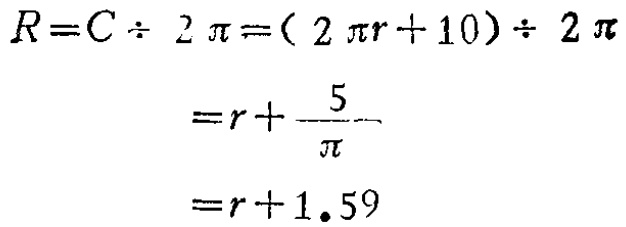
\[
\begin{align*}
R = C\div 2\pi&=(2\pi r + 10)\div 2\pi\\
&=r+\frac{5}{\pi}\\
&=r + 1.59
\end{align*}
\]